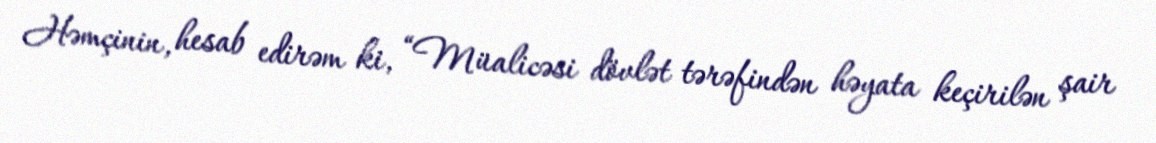
Həmçinin, hesab edirəm ki, “Müalicəsi dövlət tərəfindən həyata keçirilən şair